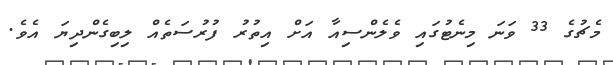
މެޗުގެ 33 ވަނަ މިނެޓުގައި ވެލެންސިއާ އަށް އިތުރު ފުރުސަތެއް ލިބިގެންދިޔަ އެވެ.